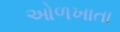
ઓળખાતા